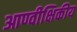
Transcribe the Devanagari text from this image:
आण्वीक्षिकीय